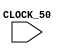
module nios_memonchip(input CLOCK_50);

endmodule